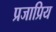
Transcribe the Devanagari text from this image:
प्रजाप्रिय